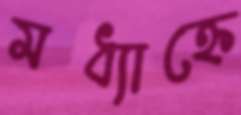
মধ্যাহ্নে